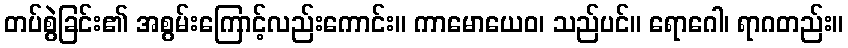
တပ်စွဲခြင်း၏ အစွမ်းကြောင့်လည်းကောင်း။ ကာမောယေဝ၊ သည်ပင်။ ရောဂေါ၊ ရာဂတည်း။